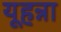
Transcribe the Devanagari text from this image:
यूहन्ना